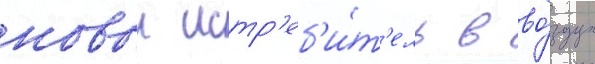
новыи истр'еб'и́т'ель в во́здух